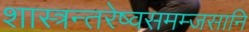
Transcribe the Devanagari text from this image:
शास्त्रन्तरेष्वसमम्जसानि